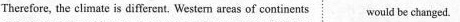
Therefore, the climate is different. Westen areas of continents would be changed.